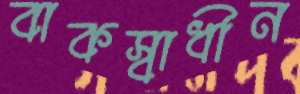
বাকস্বাধীন